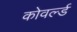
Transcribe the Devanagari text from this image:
कोवर्ल्ड